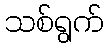
သစ်ရွက်